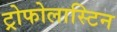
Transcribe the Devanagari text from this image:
ट्रोफोलास्टिन